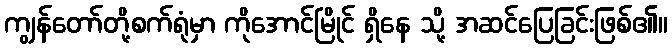
ကျွန်တော်တို့စက်ရုံမှာ ကိုအောင်မြိုင် ရှိနေ သို့ အဆင်ပြေခြင်းဖြစ်၏။